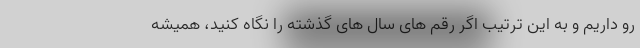
رو داریم و به این ترتیب اگر رقم های سال های گذشته را نگاه کنید، همیشه